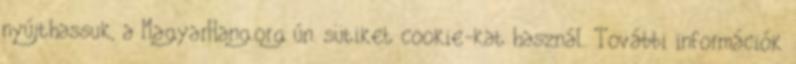
nyújthassuk, a MagyarHang.org ún. sütiket cookie-kat használ. További információk